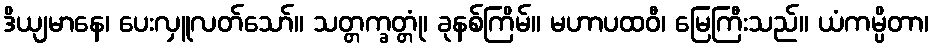
ဒိယျမာနေ၊ ပေးလှူလတ်သော်။ သတ္တက္ခတ္တုံ၊ ခုနစ်ကြိမ်။ မဟာပထဝီ၊ မြေကြီးသည်။ ယံကမ္ပိတာ၊